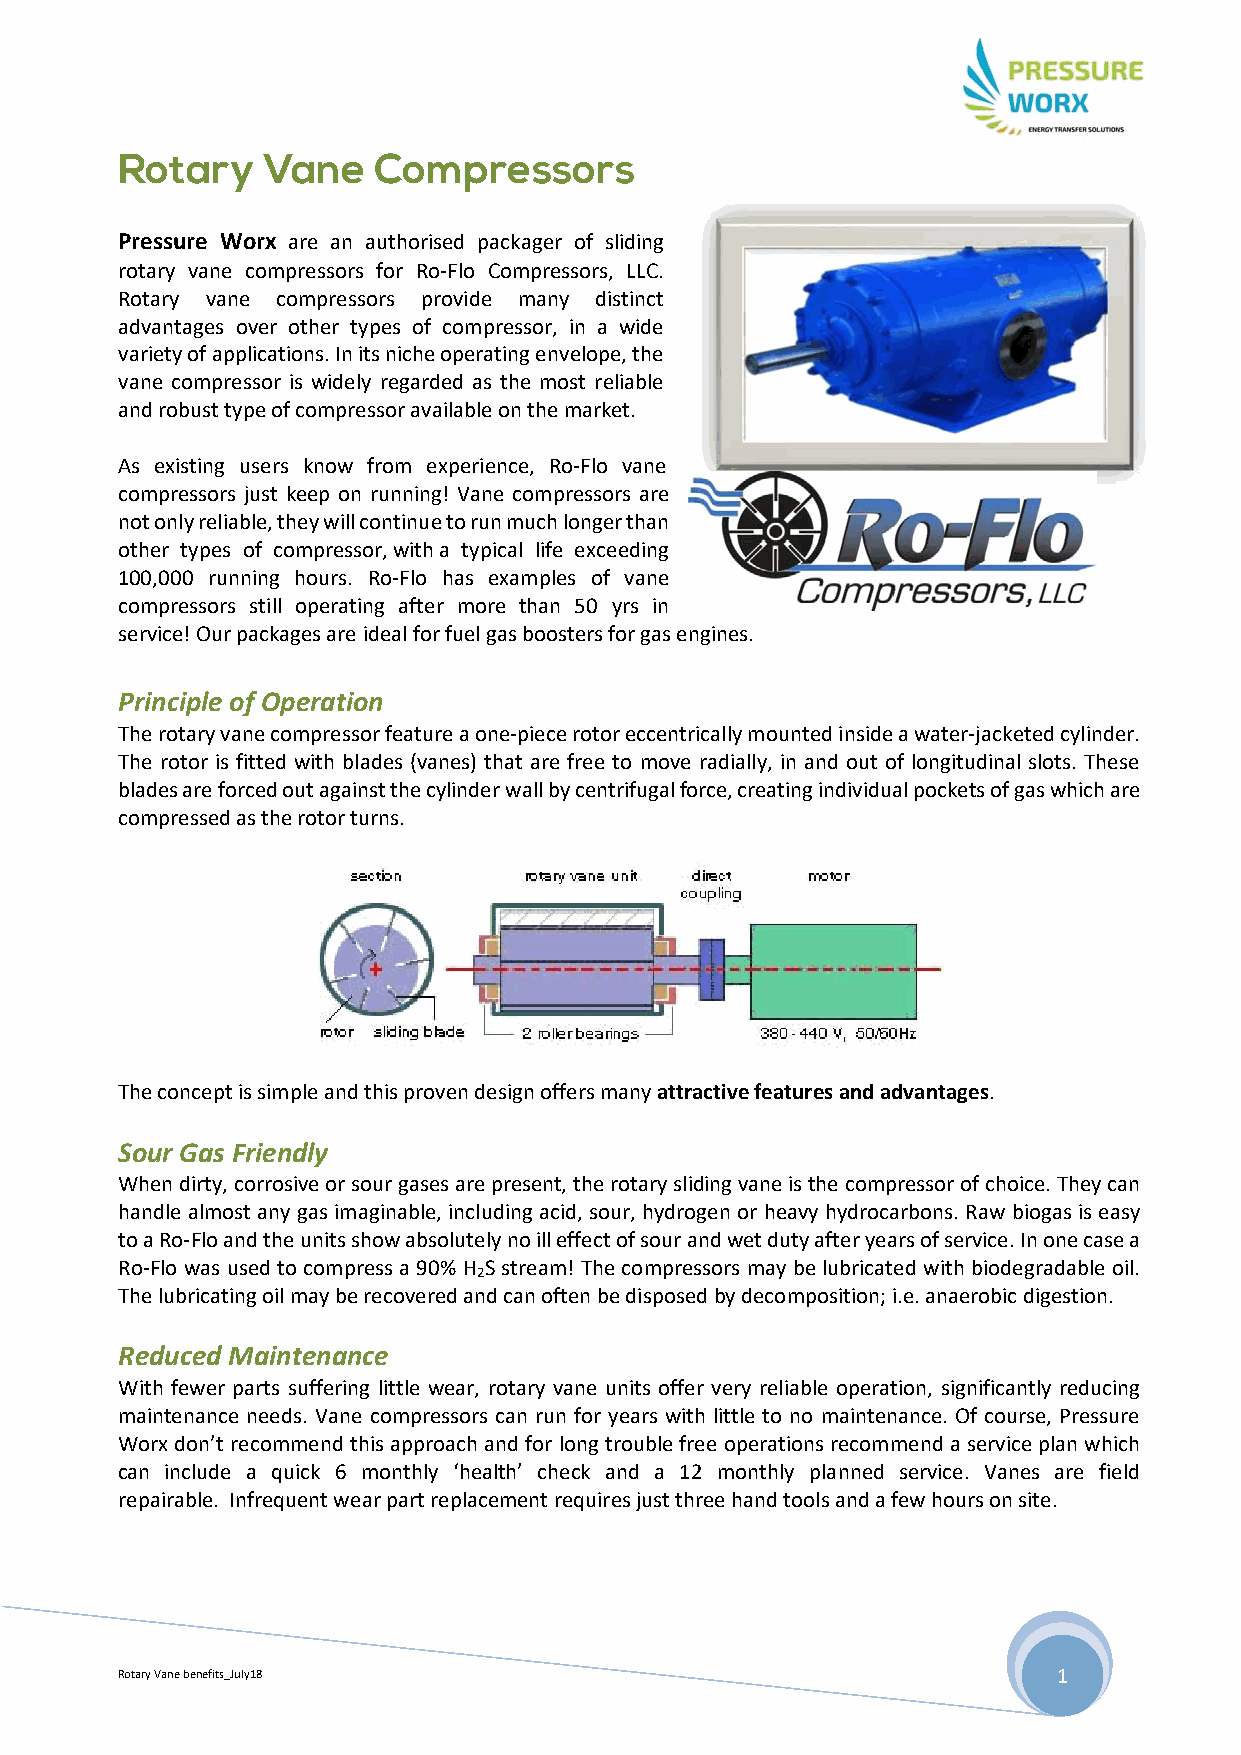
Rotary   Vane    Compressors
 Pressure Worx are an authorised packager of sliding
 rotary vane compressors for Ro‐Flo Compressors, LLC.
 Rotary vane compressors provide many distinct
 advantages over other types of compressor, in a wide
 variety of applications. In its niche operating envelope, the
 vane compressor is widely regarded as the most reliable
 and robust type of compressor available on the market.
 As existing users know from experience, Ro‐Flo vane
 compressors just keep on running! Vane compressors are
 not only reliable, they will continue to run much longer than
 other types of compressor, with a typical life exceeding
 100,000 running hours. Ro‐Flo has examples of vane
 compressors still operating after more than 50 yrs in
 service! Our packages are ideal for fuel gas boosters for gas engines.
 Principle of Operation
 The rotary vane compressor feature a one‐piece rotor eccentrically mounted inside a water‐jacketed cylinder.
 The rotor is fitted with blades (vanes) that are free to move radially, in and out of longitudinal slots. These
 blades are forced out against the cylinder wall by centrifugal force, creating individual pockets of gas which are
 compressed as the rotor turns.
 The concept is simple and this proven design offers many attractive features and advantages.
 Sour Gas Friendly
 When dirty, corrosive or sour gases are present, the rotary sliding vane is the compressor of choice. They can
 handle almost any gas imaginable, including acid, sour, hydrogen or heavy hydrocarbons. Raw biogas is easy
 to a Ro‐Flo and the units show absolutely no ill effect of sour and wet duty after years of service. In one case a
 Ro‐Flo was used to compress a 90% H S stream! The compressors may be lubricated with biodegradable oil.
 2
 The lubricating oil may be recovered and can often be disposed by decomposition; i.e. anaerobic digestion.
 Reduced Maintenance
 With fewer parts suffering little wear, rotary vane units offer very reliable operation, significantly reducing
 maintenance needs. Vane compressors can run for years with little to no maintenance. Of course, Pressure
 Worx don’t recommend this approach and for long trouble free operations recommend a service plan which
 can include a quick 6 monthly ‘health’ check and a 12 monthly planned service. Vanes are field
 repairable. Infrequent wear part replacement requires just three hand tools and a few hours on site.
 Rotary Vane benefits_July18                                   1